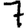
Digit: 7